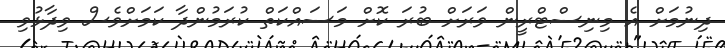
ދިނުމަށް އެ މިނިސްޓްރީން ވަރަށް ބުރަ ކޮށް މަސައްކަތް ކުރަމުންދާ ކަމަށްވެސް ވިދާޅުވި